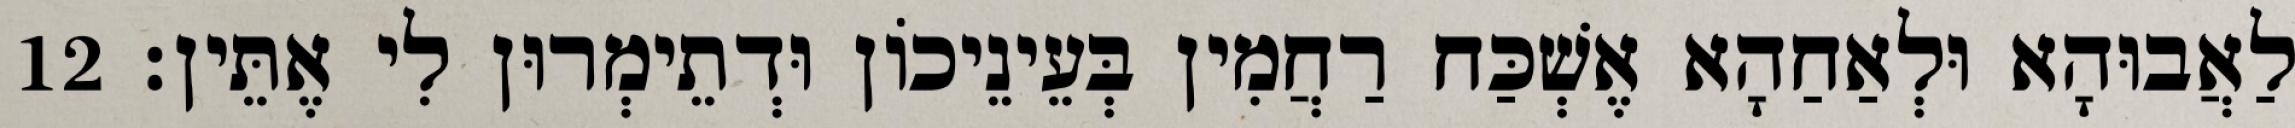
לַאֲבוּהָא וּלְאַחַהָא אֶשְׁכַּח רַחֲמִין בְּעֵינֵיכוֹן וּדְתֵימְרוּן לִי אֶתֵּין׃ 12